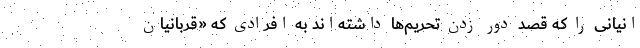
انیانی را که قصد دور زدن تحریم‌ها داشته‌اند به افرادی که «قربانیان